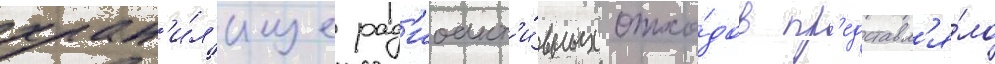
хран'и́л'ище рад'иоакт'и́вных отхо́дов пр'едставл'я́ло